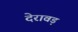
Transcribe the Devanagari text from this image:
देरावड़